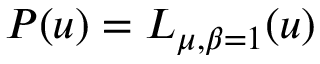
P ( u ) = L _ { \mu , \beta = 1 } ( u )